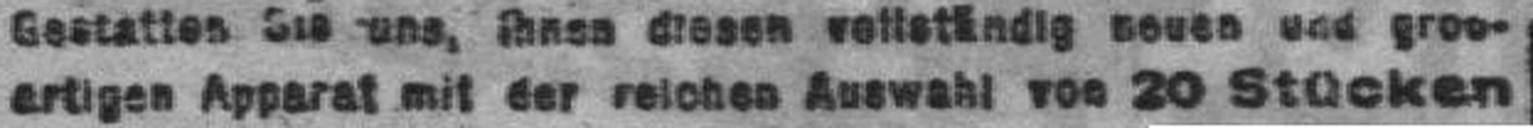
artigen Apparat mit der reichen Auswahl von 20 Stücken